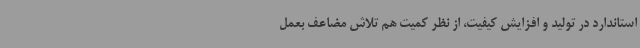
استاندارد در تولید و افزایش کیفیت، از نظر کمیت هم تلاش مضاعف بعمل